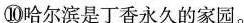
⑩哈尔滨是丁香永久的家园。